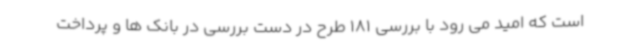
است که امید می رود با بررسی 181 طرح در دست بررسی در بانک ها و پرداخت